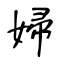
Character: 婦